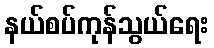
နယ်စပ်ကုန်သွယ်ရေး